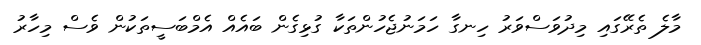
މާލެ ތެރޭގައި މިދުވަސްވަރު ހިނގާ ހަމަނުޖެހުންތަކާ ގުޅިގެން ބައެއް އެމްބަސީތަކުން ވެސް މިހާރު